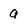
Character: a